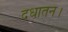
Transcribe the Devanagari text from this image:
दधातन।